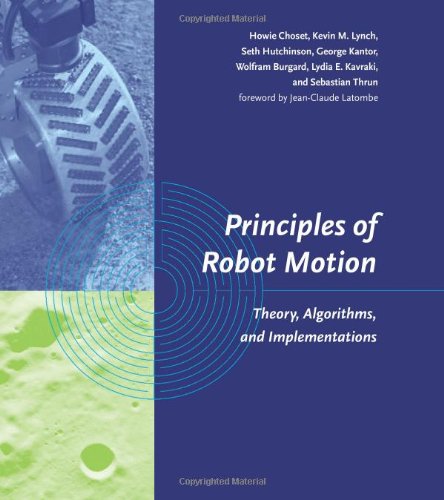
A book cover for Principles of Robot Motion: Theory, Algorithms, and Implementations (Intelligent Robotics and Autonomous Agents series); Howie Choset; Computers & Technology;